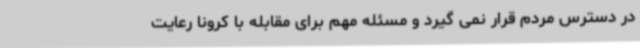
در دسترس مردم قرار نمی گیرد و مسئله مهم برای مقابله با کرونا رعایت